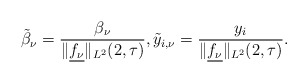
\begin{align*}\tilde{\beta}_\nu = \frac{\beta_\nu}{\|\underline{f_{\nu}}\|_{L^{2}}(2,\tau)}, \tilde{y}_{i, \nu} = \frac{y_i}{\|\underline{f_{\nu}}\|_{L^{2}}(2,\tau)} .\end{align*}